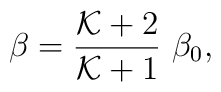
\beta={{\cal K}+2\over{\cal K}+1}~\beta_0,